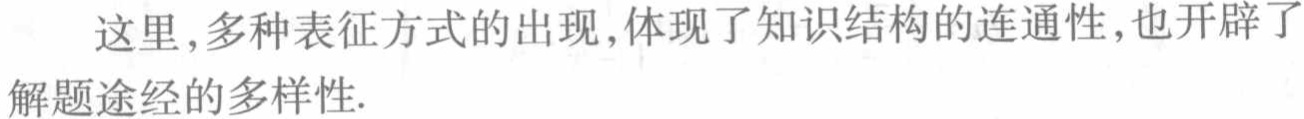
这里,多种表征方式的出现,体现了知识结构的连通性,也开辟了解题途经的多样性.